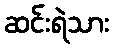
ဆင်းရဲသား